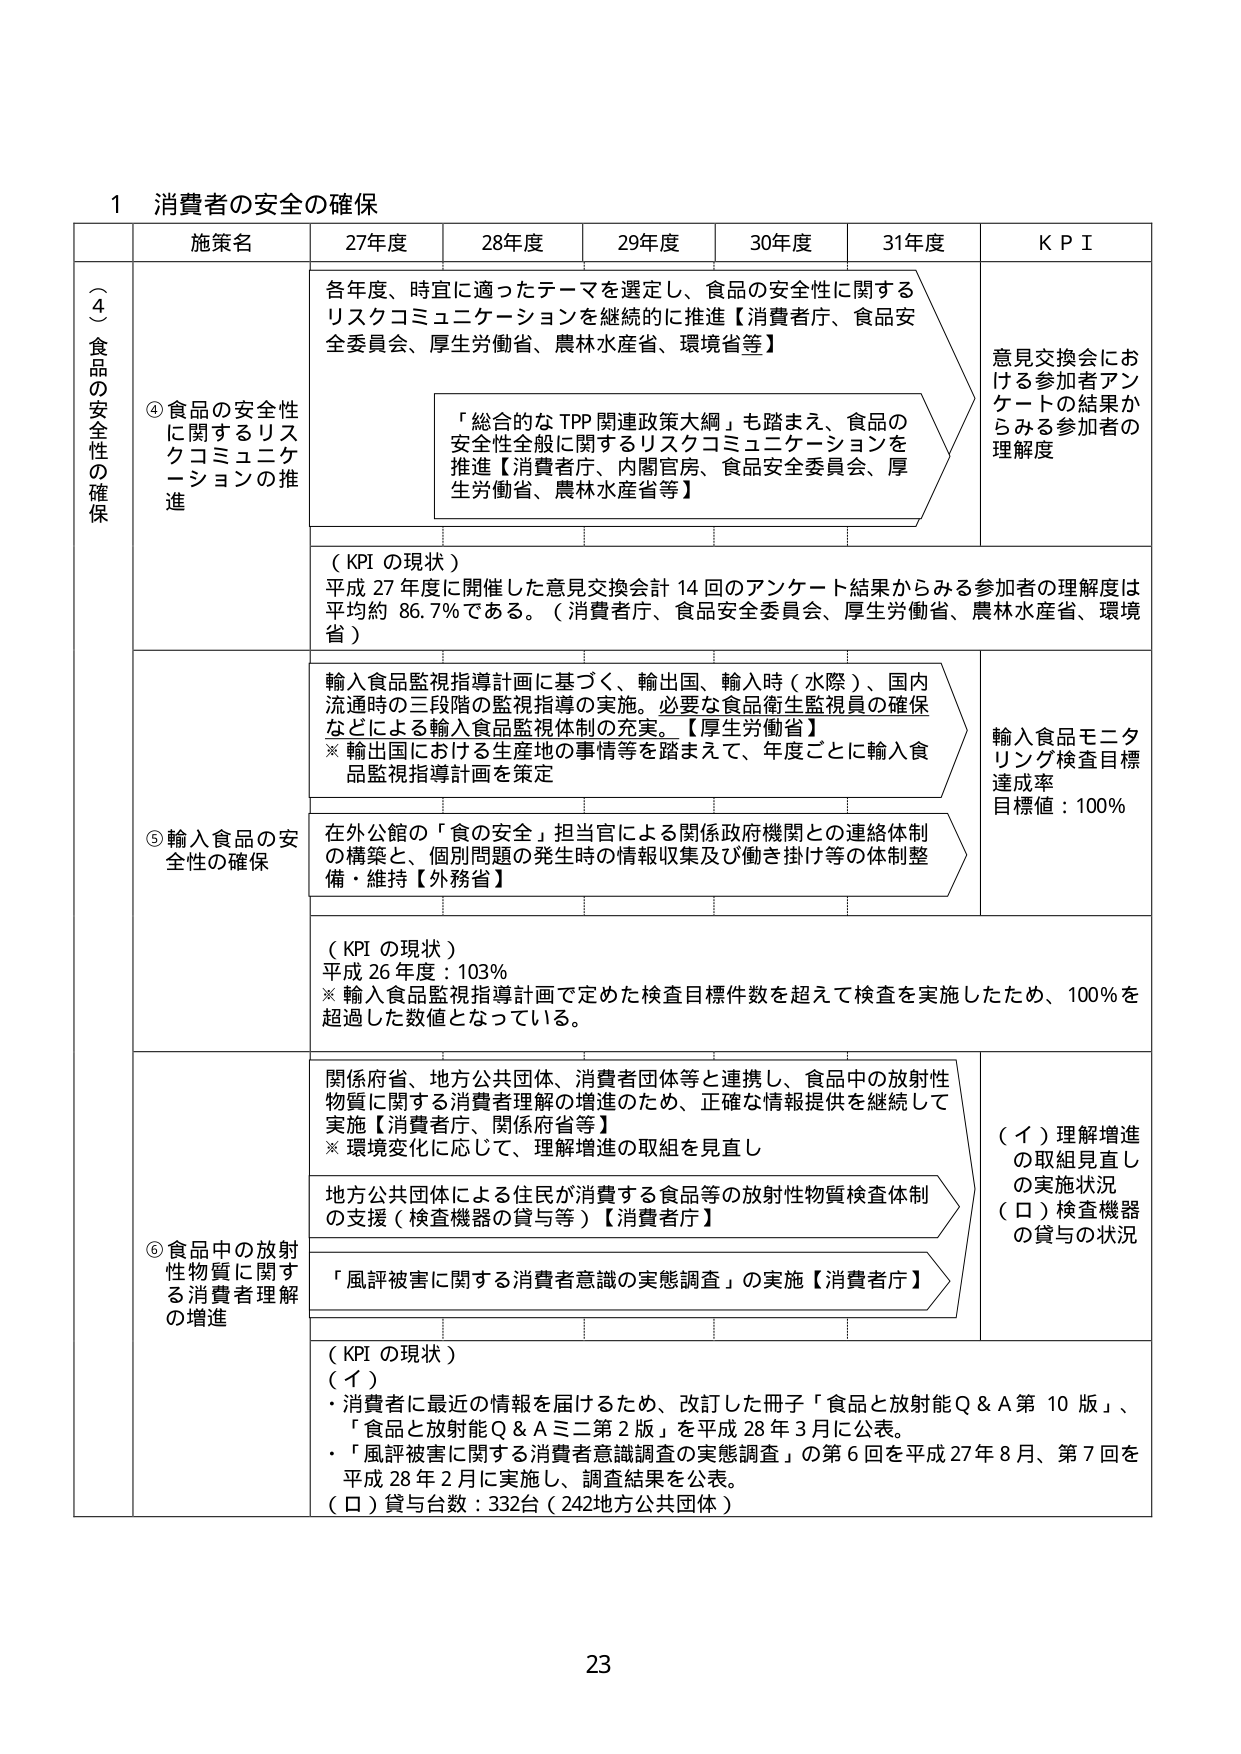
1 消費者の安全の確保

施策名 27年度 28年度 29年度 30年度 31年度 KPI

（4）食品の安全性の確保

④食品の安全性に関するリスクコミュニケーションの推進

各年度、時宜に適ったテーマを選定し、食品の安全性に関するリスクコミュニケーションを継続的に推進【消費者庁、食品安全委員会、厚生労働省、農林水産省、環境省等】

「総合的なTPP関連政策大綱」も踏まえ、食品の安全性全般に関するリスクコミュニケーションを推進【消費者庁、内閣官房、食品安全委員会、厚生労働省、農林水産省等】

（KPIの現状）
平成27年度に開催した意見交換会計14回のアンケート結果からみる参加者の理解度は平均約86.7％である。（消費者庁、食品安全委員会、厚生労働省、農林水産省、環境省）

意見交換会における参加者アンケートの結果からみる参加者の理解度

⑤輸入食品の安全性の確保

輸入食品監視指導計画に基づく、輸出国、輸入時（水際）、国内流通時の三段階の監視指導の実施。必要な食品衛生監視員の確保などによる輸入食品監視体制の充実。【厚生労働省】
※輸出国における生産地の事情等を踏まえて、年度ごとに輸入食品監視指導計画を策定

在外公館の「食の安全」担当官による関係政府機関との連絡体制の構築と、個別問題の発生時の情報収集及び働き掛け等の体制整備・維持【外務省】

（KPIの現状）
平成26年度：103％
※輸入食品監視指導計画で定めた検査目標件数を超えて検査を実施したため、100％を超過した数値となっている。

輸入食品モニタリング検査目標達成率
目標値：100％

⑥食品中の放射性物質に関する消費者理解の増進

関係府省、地方公共団体、消費者団体等と連携し、食品中の放射性物質に関する消費者理解の増進のため、正確な情報提供を継続して実施【消費者庁、関係府省等】
※環境変化に応じて、理解増進の取組を見直し

地方公共団体による住民が消費する食品等の放射性物質検査体制の支援（検査機器の貸与等）【消費者庁】

「風評被害に関する消費者意識の実態調査」の実施【消費者庁】

（KPIの現状）
（イ）
・消費者に最近の情報を届けるため、改訂した冊子「食品と放射能Q&A第10版」、「食品と放射能Q&Aミニ第2版」を平成28年3月に公表。
・「風評被害に関する消費者意識調査の実態調査」の第6回を平成27年8月、第7回を平成28年2月に実施し、調査結果を公表。
（ロ）貸与台数：332台（242地方公共団体）

（イ）理解増進の取組見直しの実施状況
（ロ）検査機器の貸与の状況

23